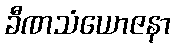
ခီဏသံယောဇနာ